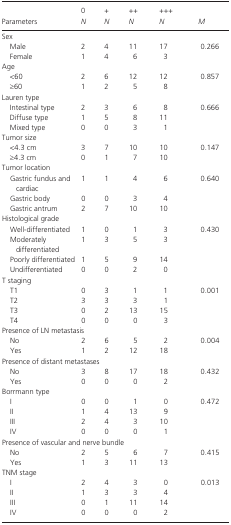
<table><thead><tr><td rowspan="2"><b>Parameters</b></td><td><b>0</b></td><td><b>+</b></td><td><b>++</b></td><td><b>+++</b></td><td rowspan="2"><b><i>M</i></b></td></tr><tr><td><b><i>N</i></b></td><td><b><i>N</i></b></td><td><b><i>N</i></b></td><td><b><i>N</i></b></td></tr></thead><tbody><tr><td colspan="6">Sex</td></tr><tr><td>Male</td><td>2</td><td>4</td><td>11</td><td>17</td><td>0.266</td></tr><tr><td>Female</td><td>1</td><td>4</td><td>6</td><td>3</td><td></td></tr><tr><td colspan="6">Age</td></tr><tr><td>&lt;60</td><td>2</td><td>6</td><td>12</td><td>12</td><td rowspan="2">0.857</td></tr><tr><td>≥60</td><td>1</td><td>2</td><td>5</td><td>8</td></tr><tr><td colspan="6">Lauren type</td></tr><tr><td>Intestinal type</td><td>2</td><td>3</td><td>6</td><td>8</td><td rowspan="3">0.666</td></tr><tr><td>Diffuse type</td><td>1</td><td>5</td><td>8</td><td>11</td></tr><tr><td>Mixed type</td><td>0</td><td>0</td><td>3</td><td>1</td></tr><tr><td colspan="6">Tumor size</td></tr><tr><td>&lt;4.3 cm</td><td>3</td><td>7</td><td>10</td><td>10</td><td rowspan="2">0.147</td></tr><tr><td>≥4.3 cm</td><td>0</td><td>1</td><td>7</td><td>10</td></tr><tr><td colspan="6">Tumor location</td></tr><tr><td>Gastric fundus and cardiac</td><td>1</td><td>1</td><td>4</td><td>6</td><td rowspan="3">0.640</td></tr><tr><td>Gastric body</td><td>0</td><td>0</td><td>3</td><td>4</td></tr><tr><td>Gastric antrum</td><td>2</td><td>7</td><td>10</td><td>10</td></tr><tr><td colspan="6">Histological grade</td></tr><tr><td>Well‐differentiated</td><td>1</td><td>0</td><td>1</td><td>3</td><td rowspan="4">0.430</td></tr><tr><td>Moderately differentiated</td><td>1</td><td>3</td><td>5</td><td>3</td></tr><tr><td>Poorly differentiated</td><td>1</td><td>5</td><td>9</td><td>14</td></tr><tr><td>Undifferentiated</td><td>0</td><td>0</td><td>2</td><td>0</td></tr><tr><td colspan="6">T staging</td></tr><tr><td>T1</td><td>0</td><td>3</td><td>1</td><td>1</td><td rowspan="4">0.001</td></tr><tr><td>T2</td><td>3</td><td>3</td><td>3</td><td>1</td></tr><tr><td>T3</td><td>0</td><td>2</td><td>13</td><td>15</td></tr><tr><td>T4</td><td>0</td><td>0</td><td>0</td><td>3</td></tr><tr><td colspan="6">Presence of LN metastasis</td></tr><tr><td>No</td><td>2</td><td>6</td><td>5</td><td>2</td><td rowspan="2">0.004</td></tr><tr><td>Yes</td><td>1</td><td>2</td><td>12</td><td>18</td></tr><tr><td colspan="6">Presence of distant metastases</td></tr><tr><td>No</td><td>3</td><td>8</td><td>17</td><td>18</td><td rowspan="2">0.432</td></tr><tr><td>Yes</td><td>0</td><td>0</td><td>0</td><td>2</td></tr><tr><td colspan="6">Borrmann type</td></tr><tr><td>I</td><td>0</td><td>0</td><td>1</td><td>0</td><td rowspan="4">0.472</td></tr><tr><td>II</td><td>1</td><td>4</td><td>13</td><td>9</td></tr><tr><td>III</td><td>2</td><td>4</td><td>3</td><td>10</td></tr><tr><td>IV</td><td>0</td><td>0</td><td>0</td><td>1</td></tr><tr><td colspan="6">Presence of vascular and nerve bundle</td></tr><tr><td>No</td><td>2</td><td>5</td><td>6</td><td>7</td><td rowspan="2">0.415</td></tr><tr><td>Yes</td><td>1</td><td>3</td><td>11</td><td>13</td></tr><tr><td colspan="6">TNM stage</td></tr><tr><td>I</td><td>2</td><td>4</td><td>3</td><td>0</td><td rowspan="4">0.013</td></tr><tr><td>II</td><td>1</td><td>3</td><td>3</td><td>4</td></tr><tr><td>III</td><td>0</td><td>1</td><td>11</td><td>14</td></tr><tr><td>IV</td><td>0</td><td>0</td><td>0</td><td>2</td></tr></tbody></table>